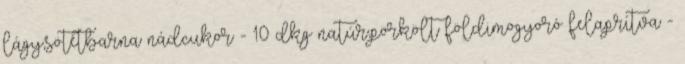
lágy,sötétbarna nádcukor - 10 dkg natúr,pörkölt földimogyoró felaprítva -